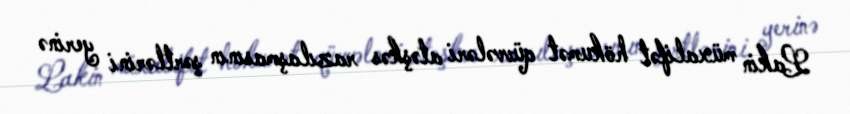
Lakin müxalifət hökumət qüvvələri atəşkəs razılaşmasının şərtlərini yerinə